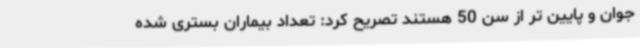
جوان و پایین تر از سن 50 هستند تصریح کرد: تعداد بیماران بستری شده